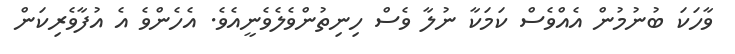
ވާހަކަ ބުނުމުން އެއްވެސް ކަމަކާ ނުލާ ވެސް ހިނިތުންވެލެވެނީއެވެ. އެހެންވެ އެ އުފާވެރިކަން